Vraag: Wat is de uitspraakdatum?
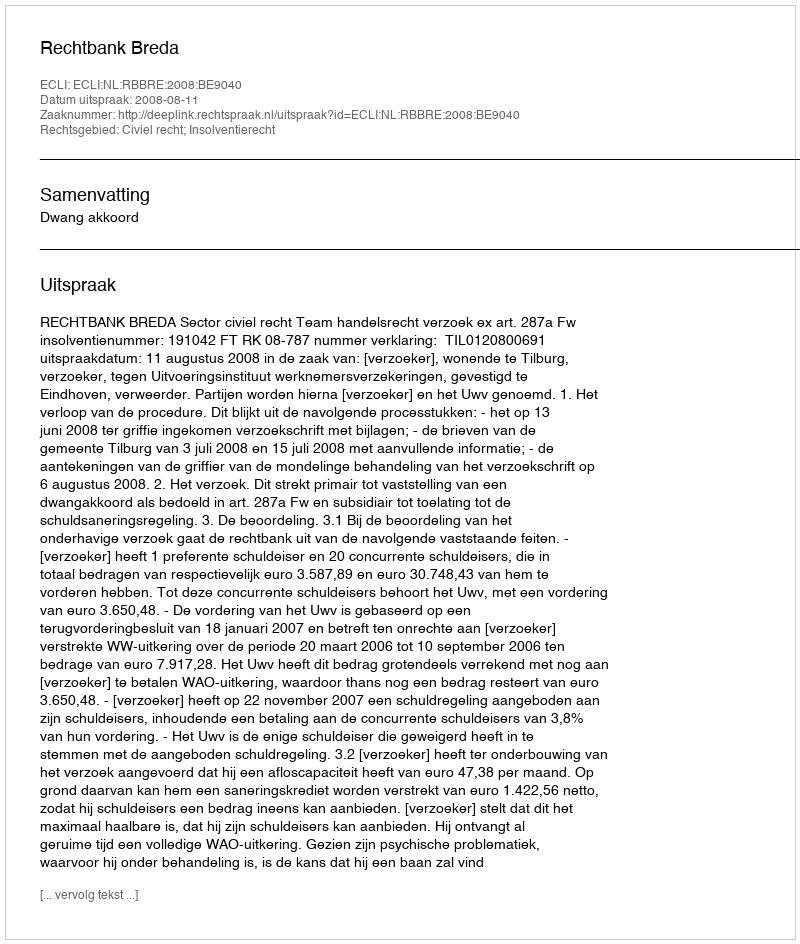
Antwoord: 2008-08-11